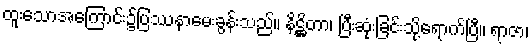
ထူးသောအကြောင်း၌ပြဿနာမေးခွန်းသည်။ နိဋ္ဌိတာ၊ ပြီးဆုံးခြင်းသို့ရောက်ပြီ။ ရာဇာ၊